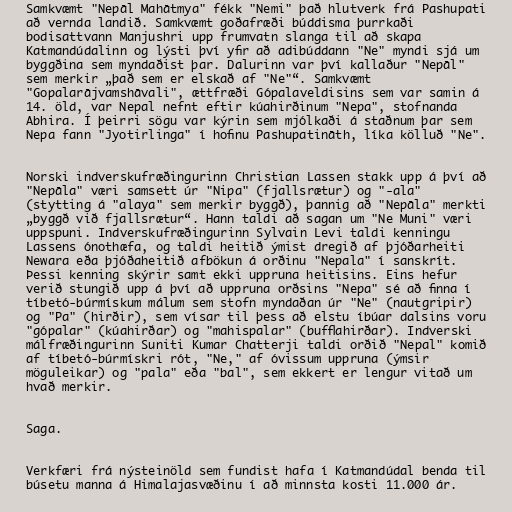
Samkvæmt "Nepāl Mahātmya" fékk "Nemi" það hlutverk frá Pashupati
að vernda landið. Samkvæmt goðafræði búddisma þurrkaði
bodisattvann Manjushri upp frumvatn slanga til að skapa
Katmandúdalinn og lýsti því yfir að adibúddann "Ne" myndi sjá um
byggðina sem myndaðist þar. Dalurinn var því kallaður "Nepāl"
sem merkir „það sem er elskað af "Ne"“. Samkvæmt
"Gopalarājvamshāvali", ættfræði Gópalaveldisins sem var samin á
14. öld, var Nepal nefnt eftir kúahirðinum "Nepa", stofnanda
Abhira. Í þeirri sögu var kýrin sem mjólkaði á staðnum þar sem
Nepa fann "Jyotirlinga" í hofinu Pashupatināth, líka kölluð "Ne".

Norski indverskufræðingurinn Christian Lassen stakk upp á því að
"Nepāla" væri samsett úr "Nipa" (fjallsrætur) og "-ala"
(stytting á "alaya" sem merkir byggð), þannig að "Nepāla" merkti
„byggð við fjallsrætur“. Hann taldi að sagan um "Ne Muni" væri
uppspuni. Indverskufræðingurinn Sylvain Levi taldi kenningu
Lassens ónothæfa, og taldi heitið ýmist dregið af þjóðarheiti
Newara eða þjóðaheitið afbökun á orðinu "Nepala" í sanskrít.
Þessi kenning skýrir samt ekki uppruna heitisins. Eins hefur
verið stungið upp á því að uppruna orðsins "Nepa" sé að finna í
tíbetó-búrmískum málum sem stofn myndaðan úr "Ne" (nautgripir)
og "Pa" (hirðir), sem vísar til þess að elstu íbúar dalsins voru
"gópalar" (kúahirðar) og "mahispalar" (bufflahirðar). Indverski
málfræðingurinn Suniti Kumar Chatterji taldi orðið "Nepal" komið
af tíbetó-búrmískri rót, "Ne," af óvissum uppruna (ýmsir
möguleikar) og "pala" eða "bal", sem ekkert er lengur vitað um
hvað merkir.

Saga.

Verkfæri frá nýsteinöld sem fundist hafa í Katmandúdal benda til
búsetu manna á Himalajasvæðinu í að minnsta kosti 11.000 ár.